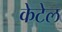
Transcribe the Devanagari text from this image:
केटेल